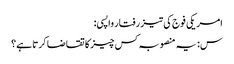
امریکی فوج کی تیز رفتار واپسی:
س: یہ منصوبہ کس چیز کا تقاضا کرتا ہے؟